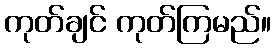
ကုတ်ချင် ကုတ်ကြမည်။